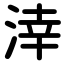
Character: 涬